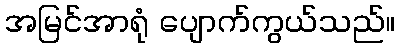
အမြင်အာရုံ ပျောက်ကွယ်သည်။